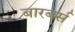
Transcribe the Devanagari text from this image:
बारबर्स